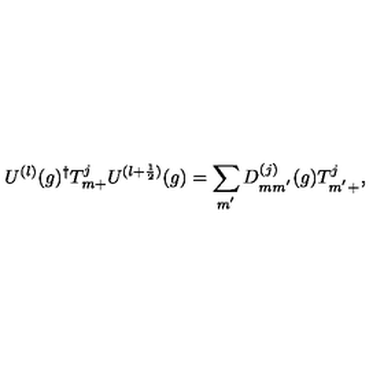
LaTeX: U ^ { ( l ) } ( g ) ^ { \dagger } T _ { m + } ^ { j } U ^ { ( l + \frac { 1 } { 2 } ) } ( g ) = \sum _ { m ^ { ' } } D _ { m m ^ { ' } } ^ { ( j ) } ( g ) T _ { m ^ { ' } + } ^ { j } ,